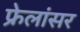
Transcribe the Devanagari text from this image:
फ्रेलांसर